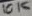
Text: 10K